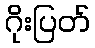
ဂိုးပြတ်